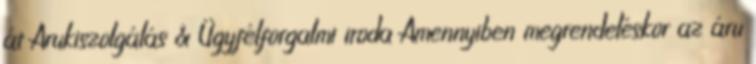
át Árukiszolgálás & Ügyfélforgalmi iroda Amennyiben megrendeléskor az áru